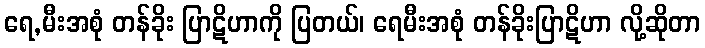
ရေ,မီးအစုံ တန်ခိုး ပြာဋိဟာကို ပြတယ်၊ ရေမီးအစုံ တန်ခိုးပြာဋိဟာ လို့ဆိုတာ